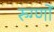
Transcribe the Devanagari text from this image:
रुग्णों